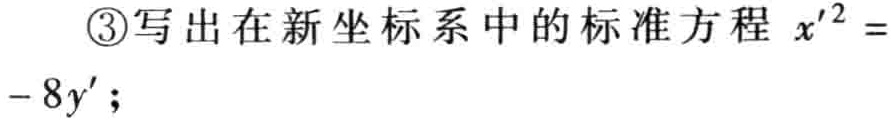
\textcircled{3}写出在新坐标系中的标准方程 \(x'^{2}=-8y'\)；